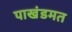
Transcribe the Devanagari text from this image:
पाखंडमत